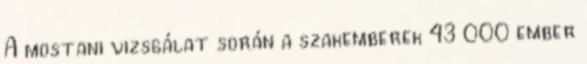
A mostani vizsgálat során a szakemberek 43 000 ember